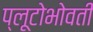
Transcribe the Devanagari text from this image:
प्लूटोभोवती